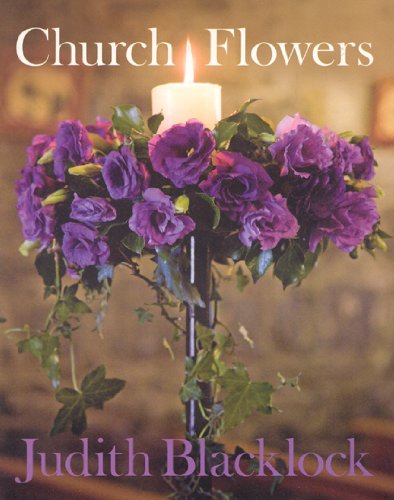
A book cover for Church Flowers: The Essential Guide to Arranging Flowers in Church; Judith Blacklock; Crafts, Hobbies & Home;